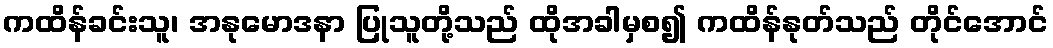
ကထိန်ခင်းသူ၊ အနုမောဒနာ ပြုသူတို့သည် ထိုအခါမှစ၍ ကထိန်နုတ်သည် တိုင်အောင်